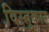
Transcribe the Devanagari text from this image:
विस्तुकार